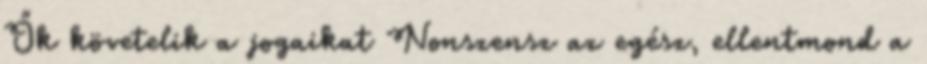
Ők követelik a jogaikat Nonszensz az egész, ellentmond a